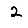
Digit: 2